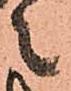
々